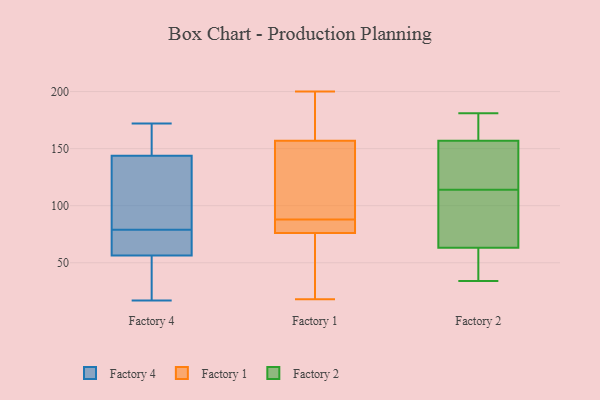
{"axis": {"x": "Inventory Turnover", "y": "Value"}, "legend": ["Factory 1", "Factory 2", "Factory 4"], "data": [{"x": "", "y": 172, "type": "Factory 4"}, {"x": "", "y": 167, "type": "Factory 4"}, {"x": "", "y": 66, "type": "Factory 4"}, {"x": "", "y": 46, "type": "Factory 4"}, {"x": "", "y": 137, "type": "Factory 4"}, {"x": "", "y": 79, "type": "Factory 4"}, {"x": "", "y": 137, "type": "Factory 4"}, {"x": "", "y": 57, "type": "Factory 4"}, {"x": "", "y": 44, "type": "Factory 4"}, {"x": "", "y": 56, "type": "Factory 4"}, {"x": "", "y": 146, "type": "Factory 4"}, {"x": "", "y": 88, "type": "Factory 4"}, {"x": "", "y": 17, "type": "Factory 4"}, {"x": "", "y": 153, "type": "Factory 4"}, {"x": "", "y": 65, "type": "Factory 4"}, {"x": "", "y": 48, "type": "Factory 1"}, {"x": "", "y": 106, "type": "Factory 1"}, {"x": "", "y": 84, "type": "Factory 1"}, {"x": "", "y": 179, "type": "Factory 1"}, {"x": "", "y": 82, "type": "Factory 1"}, {"x": "", "y": 18, "type": "Factory 1"}, {"x": "", "y": 74, "type": "Factory 1"}, {"x": "", "y": 200, "type": "Factory 1"}, {"x": "", "y": 159, "type": "Factory 1"}, {"x": "", "y": 88, "type": "Factory 1"}, {"x": "", "y": 151, "type": "Factory 1"}, {"x": "", "y": 139, "type": "Factory 2"}, {"x": "", "y": 163, "type": "Factory 2"}, {"x": "", "y": 38, "type": "Factory 2"}, {"x": "", "y": 181, "type": "Factory 2"}, {"x": "", "y": 114, "type": "Factory 2"}, {"x": "", "y": 76, "type": "Factory 2"}, {"x": "", "y": 81, "type": "Factory 2"}, {"x": "", "y": 34, "type": "Factory 2"}, {"x": "", "y": 132, "type": "Factory 2"}, {"x": "", "y": 165, "type": "Factory 2"}, {"x": "", "y": 59, "type": "Factory 2"}]}